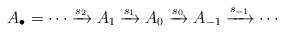
LaTeX: \begin{align*}A_{\bullet}=\cdots \xrightarrow{s_{2}} A_{1}\xrightarrow{s_{1}} A_0\xrightarrow{s_0} A_{-1}\xrightarrow{s_{-1}} \cdots\end{align*}